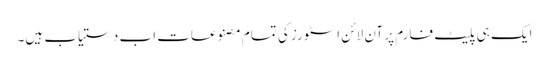
ایک ہی پلیٹ فارم پر آن لائن اسٹورز کی تمام مصنوعات اب دستیاب ہیں۔